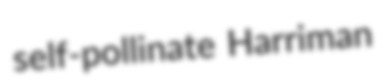
self-pollinate Harriman